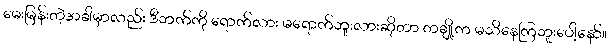
မေးမြန်းတဲ့အခါမှာလည်း ဒီဘက်ကို ရောက်လား မရောက်ဘူးလားဆိုတာ တချို့က မသိနေကြဘူးပေါ့နော်။